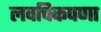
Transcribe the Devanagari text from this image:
लवचिकपणा